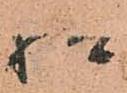
様